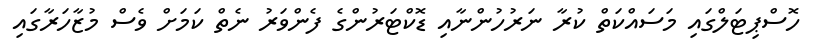
ހޮސްޕިޓަލްގައި މަސައްކަތް ކުރާ ނަރުހުންނާއި ޑޮކްޓަރުންގެ ފެންވަރު ނެތް ކަމަށް ވެސް މުޒާހަރާގައި